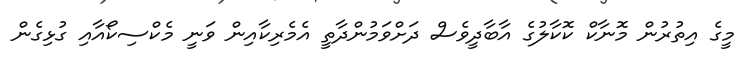
މީގެ އިތުރުން މޮނާކް ކޮކާލުގެ އާބާދީވެސް ދަށްވަމުންދާތީ އެމެރިކާއިން ވަނީ މެކްސިކޯއާއި ގުޅިގެން